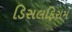
ડિસલફિરામ